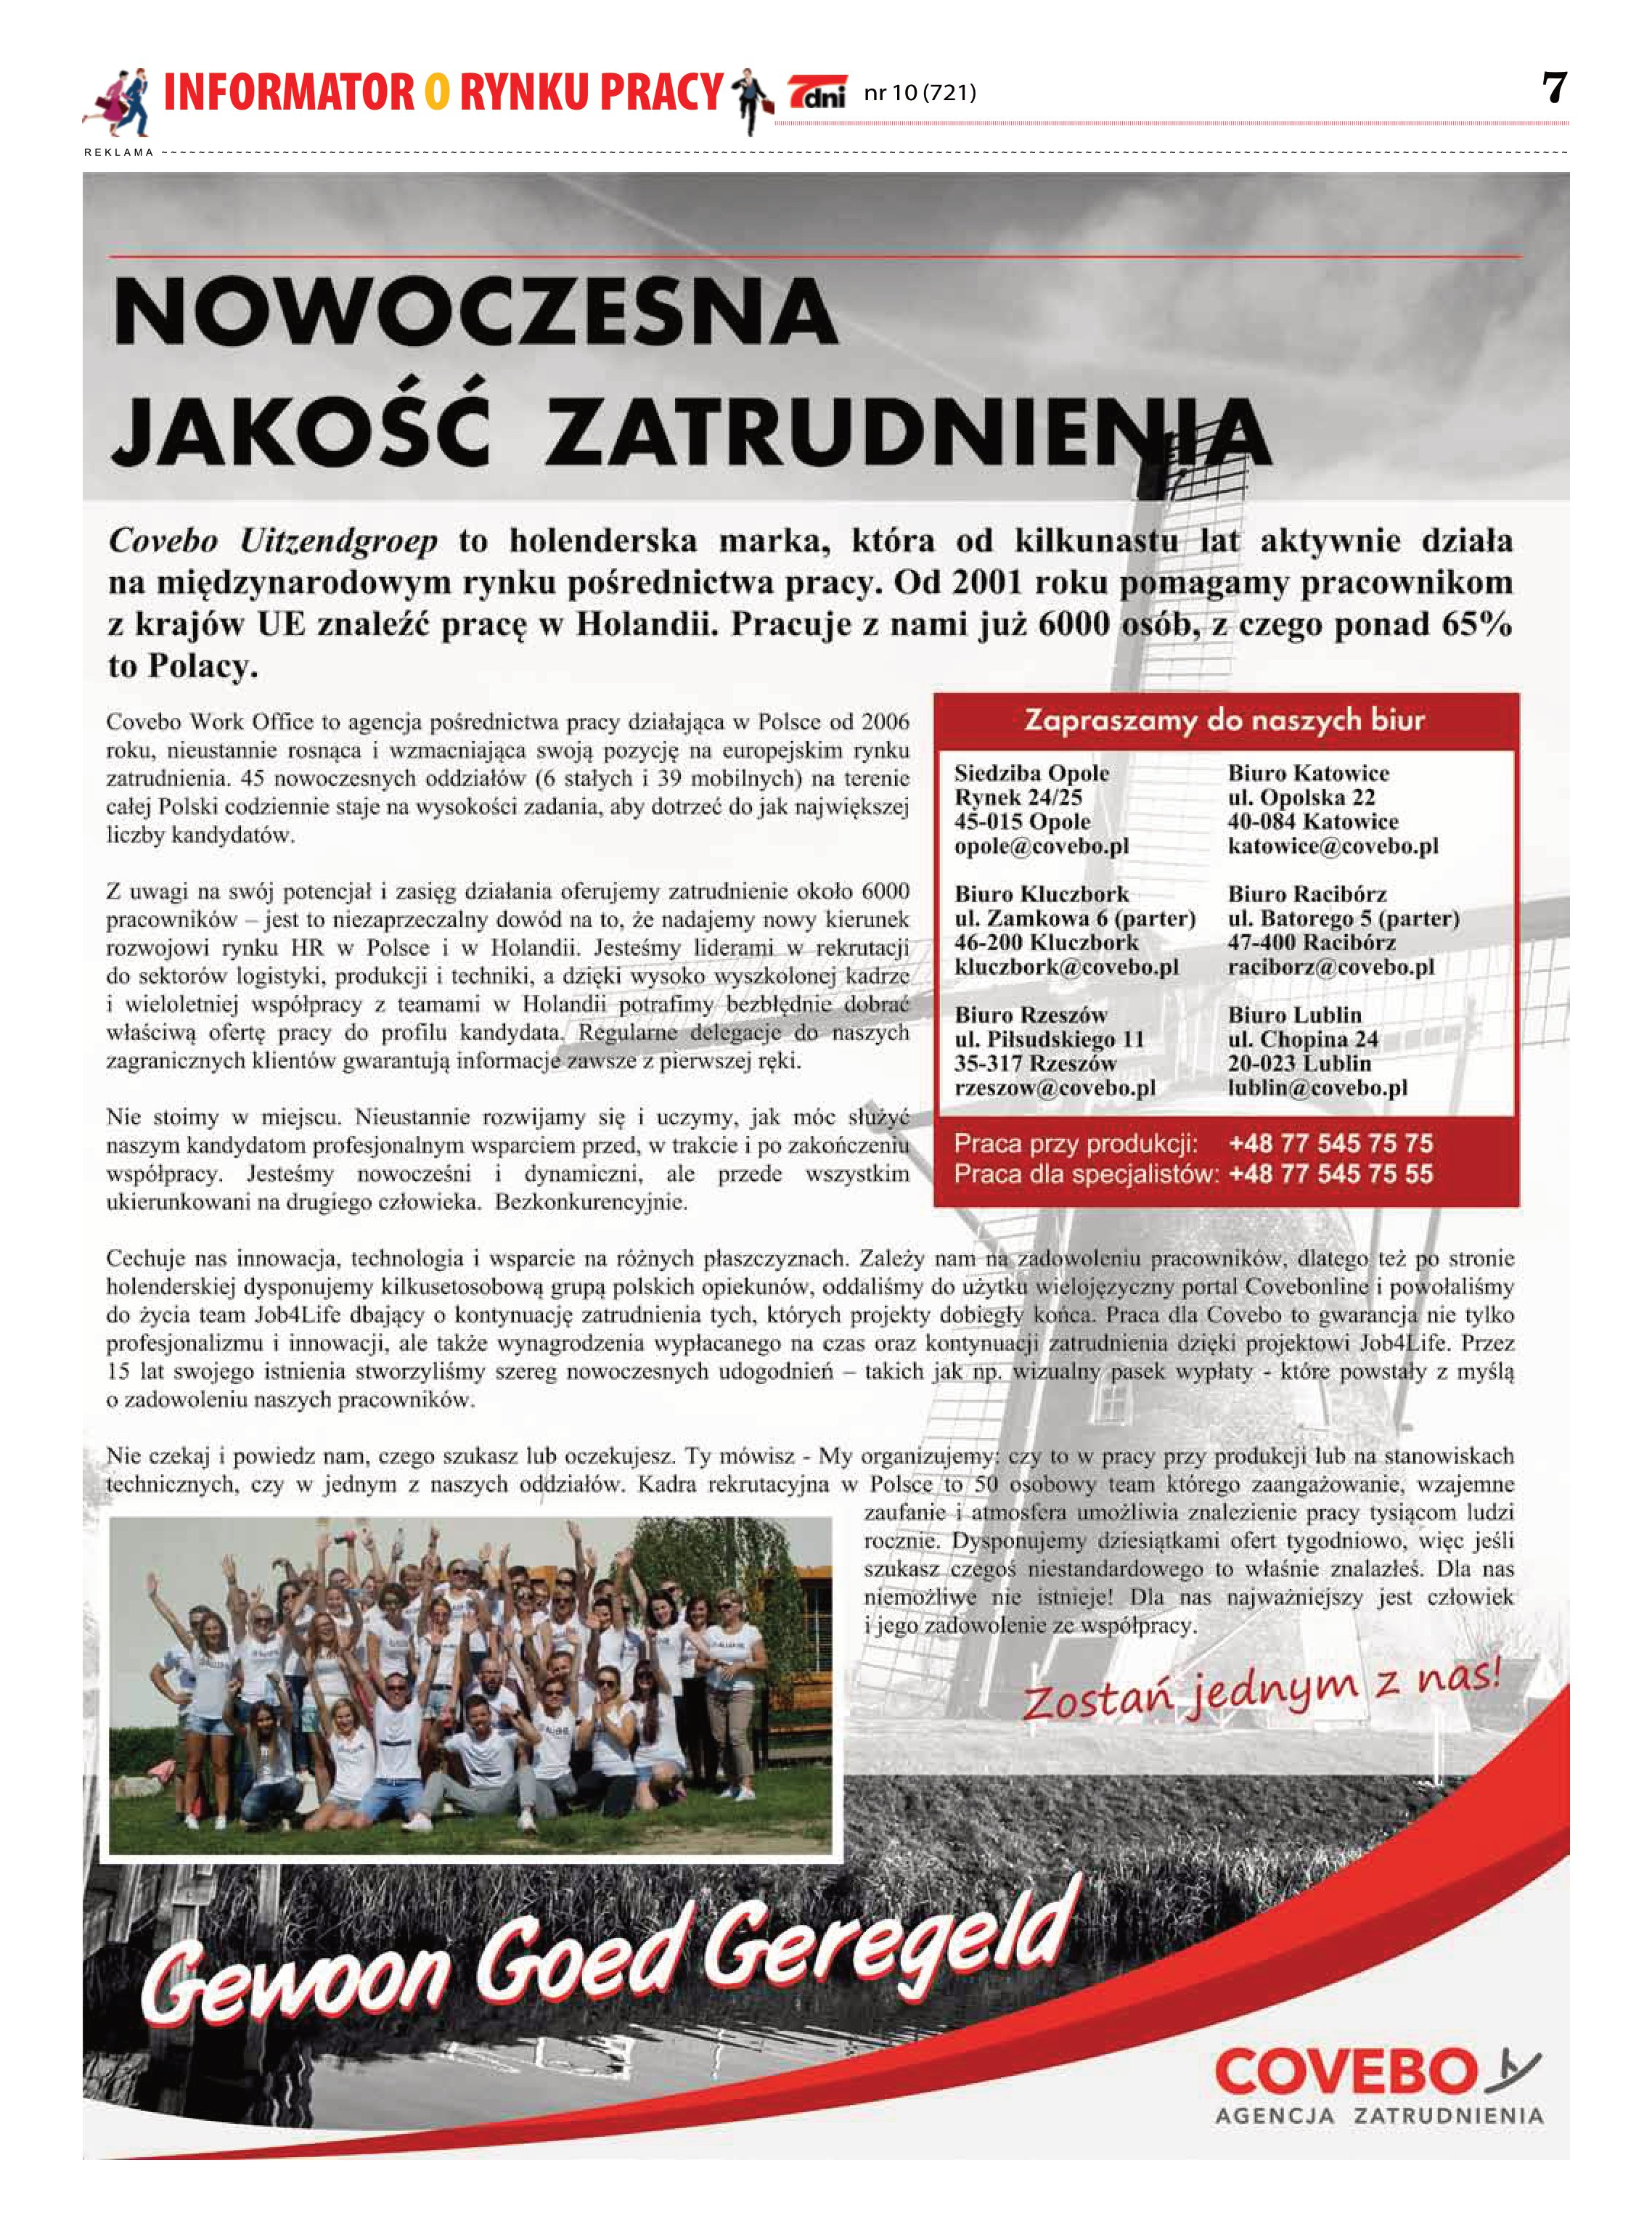
Language: pl